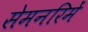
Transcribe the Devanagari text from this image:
सेमनरिमें